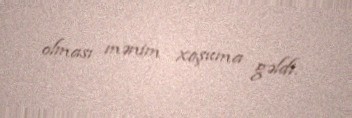
olması mənim xoşuma gəldi.